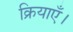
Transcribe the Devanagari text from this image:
क्रियाएँ।